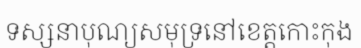
ទស្សនាបុណ្យសមុទ្រនៅខេត្តកោះកុង